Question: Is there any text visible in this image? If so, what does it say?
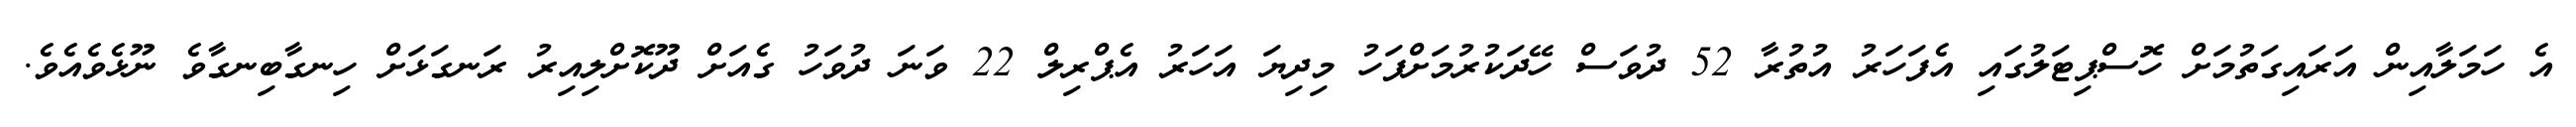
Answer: އެ ހަމަލާއިން އަރައިގަތުމަށް ހޮސްޕިޓަލުގައި އެފަހަރު އުތުރާ 52 ދުވަސް ހޭދަކުރުމަށްފަހު މިދިޔަ އަހަރު އެޕްރިލް 22 ވަނަ ދުވަހު ގެއަށް ދޫކޮށްލިއިރު ރަނގަޅަށް ހިނގާބިނގާވެ ނޫޅެވެއެވެ.